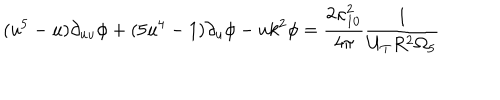
( u ^ { 5 } - u ) \partial _ { u u } \phi + ( 5 u ^ { 4 } - 1 ) \partial _ { u } \phi - u k ^ { 2 } \phi = \frac { 2 \kappa _ { 1 0 } ^ { 2 } } { 4 \pi } \frac { 1 } { U _ { T } R ^ { 2 } \Omega _ { 5 } }